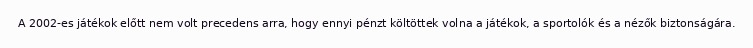
A 2002-es játékok előtt nem volt precedens arra, hogy ennyi pénzt költöttek volna a játékok, a sportolók és a nézők biztonságára.